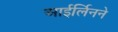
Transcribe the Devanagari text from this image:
आईर्लिनने